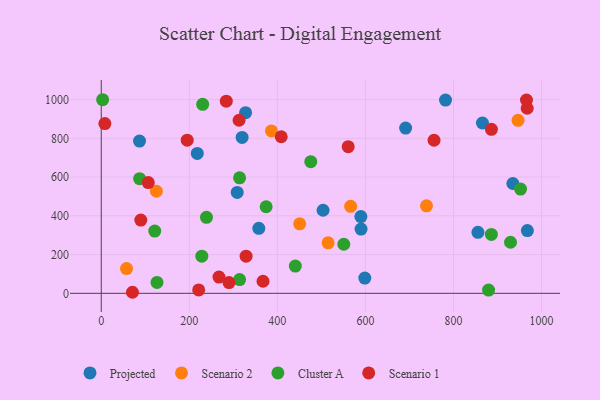
{"axis": {"x": "Ad Spend", "y": "Fuel Efficiency"}, "legend": ["Cluster A", "Projected", "Scenario 1", "Scenario 2"], "data": [{"x": "503.8", "y": 428.7, "type": "Projected"}, {"x": "218.1", "y": 721.9, "type": "Projected"}, {"x": "855.6", "y": 315.0, "type": "Projected"}, {"x": "590.1", "y": 331.6, "type": "Projected"}, {"x": "967.9", "y": 324.0, "type": "Projected"}, {"x": "357.9", "y": 335.5, "type": "Projected"}, {"x": "865.8", "y": 879.1, "type": "Projected"}, {"x": "691.4", "y": 852.7, "type": "Projected"}, {"x": "782.0", "y": 997.5, "type": "Projected"}, {"x": "308.8", "y": 520.9, "type": "Projected"}, {"x": "319.9", "y": 804.6, "type": "Projected"}, {"x": "598.6", "y": 78.8, "type": "Projected"}, {"x": "327.8", "y": 932.5, "type": "Projected"}, {"x": "589.7", "y": 396.0, "type": "Projected"}, {"x": "934.9", "y": 566.8, "type": "Projected"}, {"x": "86.9", "y": 785.6, "type": "Projected"}, {"x": "125.3", "y": 526.7, "type": "Scenario 2"}, {"x": "450.7", "y": 358.5, "type": "Scenario 2"}, {"x": "738.8", "y": 451.5, "type": "Scenario 2"}, {"x": "515.3", "y": 260.5, "type": "Scenario 2"}, {"x": "386.5", "y": 838.2, "type": "Scenario 2"}, {"x": "946.7", "y": 893.0, "type": "Scenario 2"}, {"x": "57.4", "y": 127.9, "type": "Scenario 2"}, {"x": "566.5", "y": 448.9, "type": "Scenario 2"}, {"x": "952.4", "y": 538.0, "type": "Cluster A"}, {"x": "230.4", "y": 975.5, "type": "Cluster A"}, {"x": "886.1", "y": 304.2, "type": "Cluster A"}, {"x": "3.1", "y": 999.2, "type": "Cluster A"}, {"x": "550.9", "y": 253.3, "type": "Cluster A"}, {"x": "126.6", "y": 56.3, "type": "Cluster A"}, {"x": "314.2", "y": 596.1, "type": "Cluster A"}, {"x": "314.2", "y": 71.1, "type": "Cluster A"}, {"x": "87.1", "y": 591.6, "type": "Cluster A"}, {"x": "239.0", "y": 392.1, "type": "Cluster A"}, {"x": "228.4", "y": 191.5, "type": "Cluster A"}, {"x": "374.5", "y": 446.7, "type": "Cluster A"}, {"x": "929.6", "y": 263.7, "type": "Cluster A"}, {"x": "879.8", "y": 16.9, "type": "Cluster A"}, {"x": "440.8", "y": 140.6, "type": "Cluster A"}, {"x": "121.5", "y": 321.5, "type": "Cluster A"}, {"x": "475.9", "y": 679.4, "type": "Cluster A"}, {"x": "70.8", "y": 5.4, "type": "Scenario 1"}, {"x": "221.3", "y": 17.6, "type": "Scenario 1"}, {"x": "195.2", "y": 790.3, "type": "Scenario 1"}, {"x": "755.9", "y": 790.1, "type": "Scenario 1"}, {"x": "329.0", "y": 191.5, "type": "Scenario 1"}, {"x": "290.2", "y": 55.3, "type": "Scenario 1"}, {"x": "106.8", "y": 571.6, "type": "Scenario 1"}, {"x": "313.0", "y": 893.3, "type": "Scenario 1"}, {"x": "89.8", "y": 378.1, "type": "Scenario 1"}, {"x": "886.2", "y": 846.3, "type": "Scenario 1"}, {"x": "8.2", "y": 876.2, "type": "Scenario 1"}, {"x": "408.8", "y": 808.1, "type": "Scenario 1"}, {"x": "367.4", "y": 62.3, "type": "Scenario 1"}, {"x": "267.4", "y": 83.7, "type": "Scenario 1"}, {"x": "284.0", "y": 991.5, "type": "Scenario 1"}, {"x": "560.9", "y": 757.0, "type": "Scenario 1"}, {"x": "967.5", "y": 955.3, "type": "Scenario 1"}, {"x": "965.9", "y": 997.3, "type": "Scenario 1"}]}